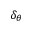
\delta _ { \theta }